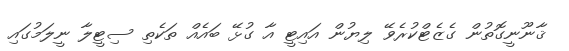
ޤާނޫނީގޮތުން ގެޒެޓްކުރެވޭ ލިޔުން އައިޓީ އާ ގުޅޭ ބައެއް ތަކެތި ސިޓީލާ ނީލަމުގައި